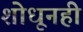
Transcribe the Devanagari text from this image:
शोधूनही